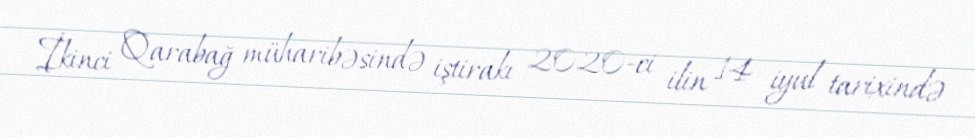
İkinci Qarabağ müharibəsində iştirakı 2020-ci ilin 14 iyul tarixində